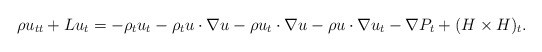
\begin{align*}\rho u_{tt}+Lu_t=-\rho_tu_t -\rho_t u\cdot\nabla u-\rho u_t\cdot\nabla u-\rho u\cdot\nabla u_t-\nabla P_t +(H\times H)_t.\end{align*}